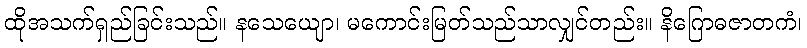
ထိုအသက်ရှည်ခြင်းသည်။ နသေယျော၊ မကောင်းမြတ်သည်သာလျှင်တည်း။ နိဂြောဓဇာတကံ၊